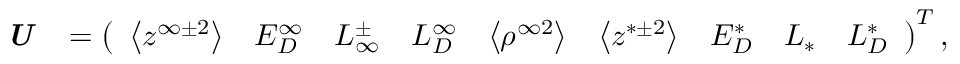
\textbf { \emph { U } } = \left( \begin{array} { c c c c c c c c c } { \big < z ^ { \infty \pm 2 } \big > } & { E _ { D } ^ { \infty } } & { L _ { \infty } ^ { \pm } } & { L _ { D } ^ { \infty } } & { \big < \rho ^ { \infty 2 } \big > } & { \big < z ^ { * \pm 2 } \big > } & { E _ { D } ^ { * } } & { L _ { * } } & { L _ { D } ^ { * } } \end{array} \right) ^ { T } ,